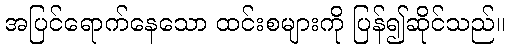
အပြင်ရောက်နေသော ထင်းစများကို ပြန်၍ဆိုင်သည်။